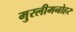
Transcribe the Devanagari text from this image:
मुरलीमनोहर